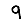
Digit: 9